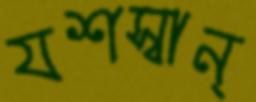
যশস্বান্‌